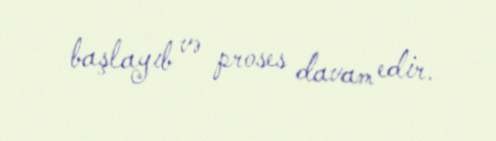
başlayıb və proses davam edir.